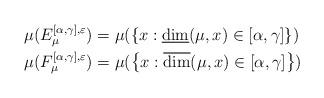
LaTeX: \begin{align*}\mu(E_{\mu}^{[\alpha,\gamma],\varepsilon}) & =\mu(\left\{x:\underline{\dim} (\mu,x)\in [\alpha,\gamma]\right\})\\\mu(F_{\mu}^{[\alpha,\gamma],\varepsilon})& =\mu(\left\{x:\overline{\dim} (\mu,x)\in [\alpha,\gamma]\right\})\end{align*}